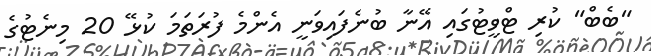
"ބެބް" ކުރި ޓްވީޓުގައި އޭނާ ބުނެފައިވަނީ އެންމެ ފުރަތަމަ ކުޅޭ 20 މިނެޓުގެ